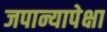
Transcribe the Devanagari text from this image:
जपान्यापेक्षा